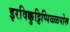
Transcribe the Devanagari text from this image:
इरविक्कुट्टिप्पिळ्ळपोरू